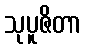
သုပူဇိတာ